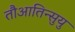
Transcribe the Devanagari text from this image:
तौआतिन्सुयु